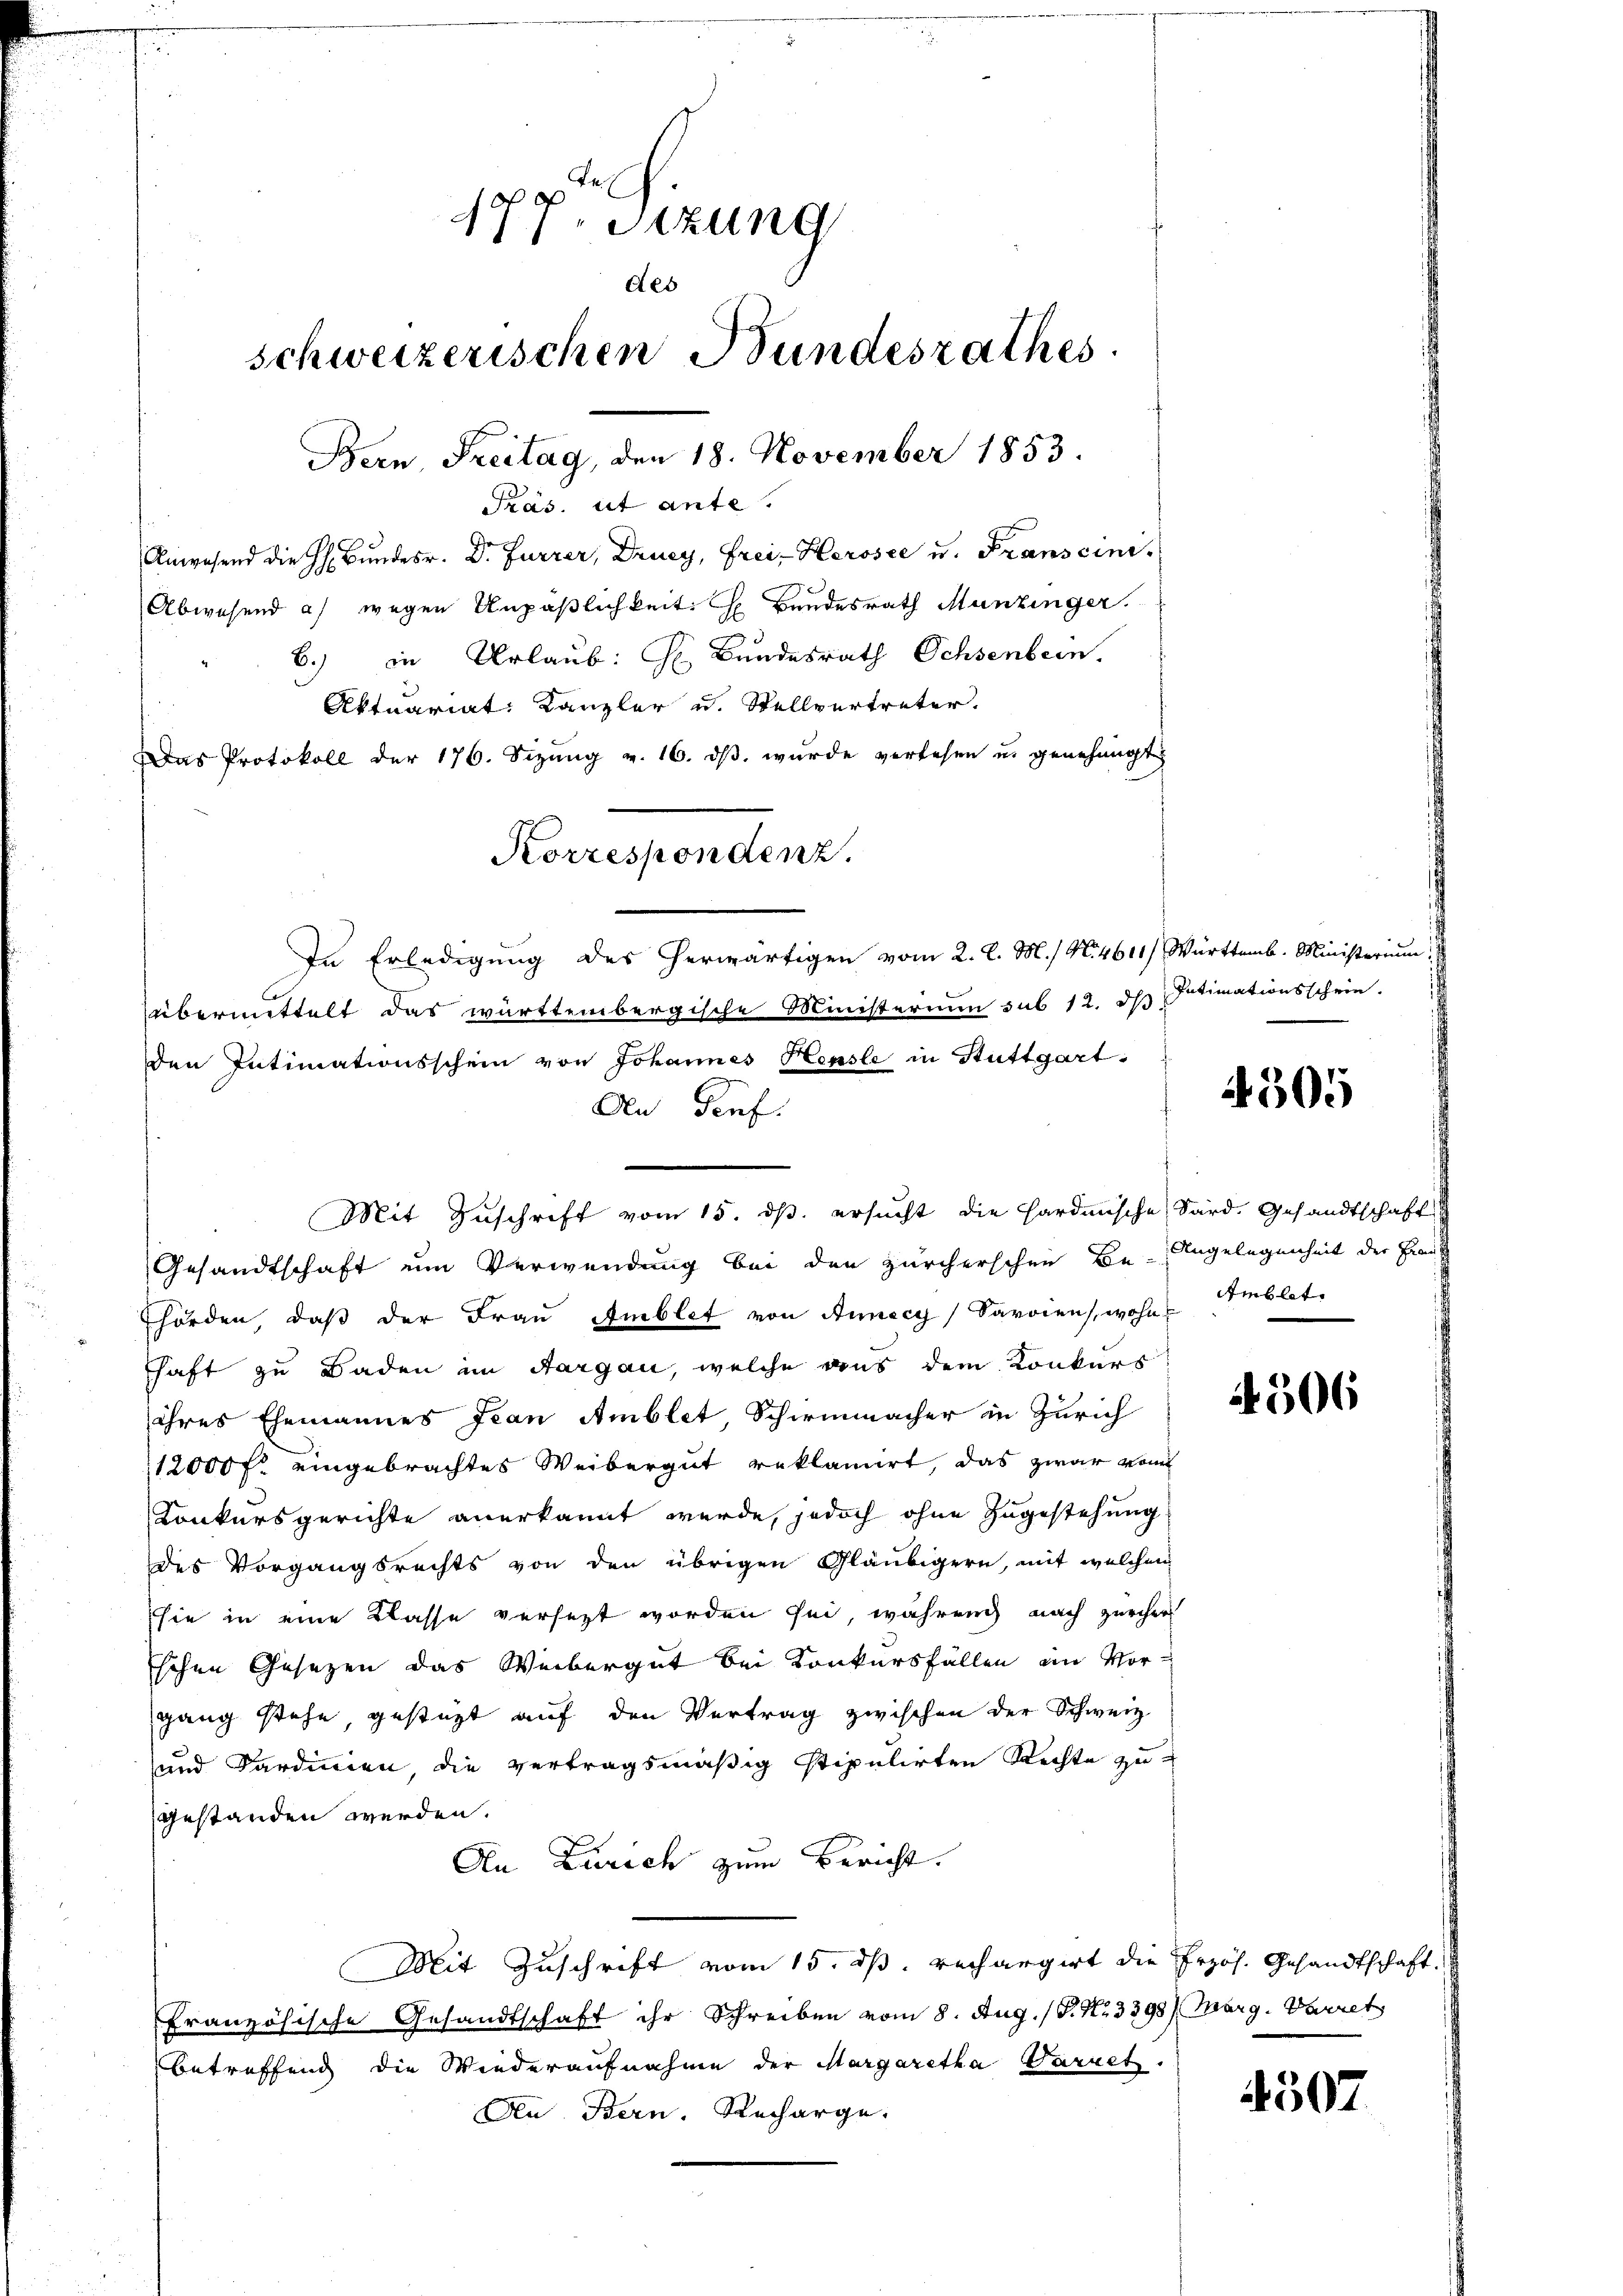
177. Sitzung
des
schweizerischen Bundesrathes
Präs. ut ante.
Anwesend die H. Bŭndesr. Dr. Furrer, Drucy, Frei-Herosee u. Franscini
Abwesend a) wegen Unpäßlichkeit. H. Bundesrath Munzinger.
b.) in Urlaub: H. Bundesrath Ochsenbern.
Aktuariat Kanzler u. Stellvertreter.
Das Protokoll der 176. Sizung v. 16. dβ. wurde verlesen u. genehmigt

In Erledigung des herwärtigen vom 2. l. M. / N. 4611) Württemb. Ministerium,
übermittelt das württembergische Ministerium sub 12. ds Intimationsschein.
den Intimationsschein von Johannes Heusle in Stuttgart.
An Prof.
Gesandtschaft um Verwendung bei den zürcherschen Be-Angelegenheit der Frau
hörden, daß der Frau Amblet von Annecy) Savoiens, wohne Emblet
shaft zu Baden im Aargau, welche aus dem Konkurs
ihres Ehemannes Jean Amblet, Schirmmacher in Zürich
12000 fr. eingebrachtes Weibergut reklamirt, das zwar vom
Konkursgerichte anerkannt werde, jedoch ohne Zugestehung
des Vorgangsrechts von den übrigen Gläubigern, mit welchen
sie in eine Klasse versezt worden sei, während nach zürcher
schen Gesezen das Weibergut bei Konkursfällen am Vor-
gang stehe, gestüzt auf den Vertrag zwischen der Schweiz
und Sardinien die vertragsmäßig stipulirten Rechte zu
gestanden werden.
An Zürich zum Bericht.
Mit Zuschrift vom 15. dß. rechargirt die Erzös. Gesandtschaft.
französische Gesandtschaft ihr Schreiben vom 8. Aug. / P. Nr. 3398 / Marg. Darret
Betreffend die Wiederaufnahme der Margaretha Varnet.
An Bern. Recharge-

Bern Freitag, den 18. November 1853.

Korrespondenz.

Mit Zuschrift vom 15. ds. ersucht die Hardmische Sard. Gesandtschaft

305

4506

4507